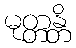
မုတ္တန္တိ